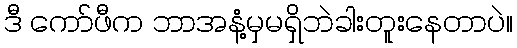
ဒီ ကော်ဖီက ဘာအနံ့မှမရှိဘဲခါးတူးနေတာပဲ။